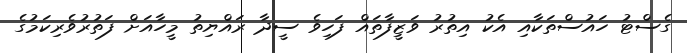
ގެސްޓު ހައުސްތަކާއި އެކު އިތުރު ވަޒީފާތައް ފަހިވެ ސީދާ ރައްޔިތު މީހާއަށް ފަތުރުވެރިކަމުގެ